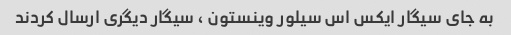
به جای سیگار ایکس اس سیلور وینستون ٬ سیگار دیگری ارسال کردند